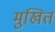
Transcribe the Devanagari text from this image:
मुखित